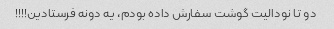
دو تا نودالیت گوشت سفارش داده بودم، یه دونه فرستادین!!!!